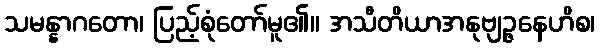
သမန္နာဂတော၊ ပြည့်စုံတော်မူ၏။ အသီတိယာအနုဗျဉ္ဇနေဟိစ၊